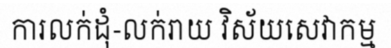
ការលក់ដុំ-លក់រាយ វិស័យសេវាកម្ម